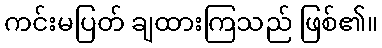
ကင်းမပြတ် ချထားကြသည် ဖြစ်၏။